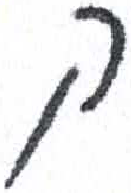
אות: ק